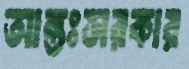
আন্তঃসরকার